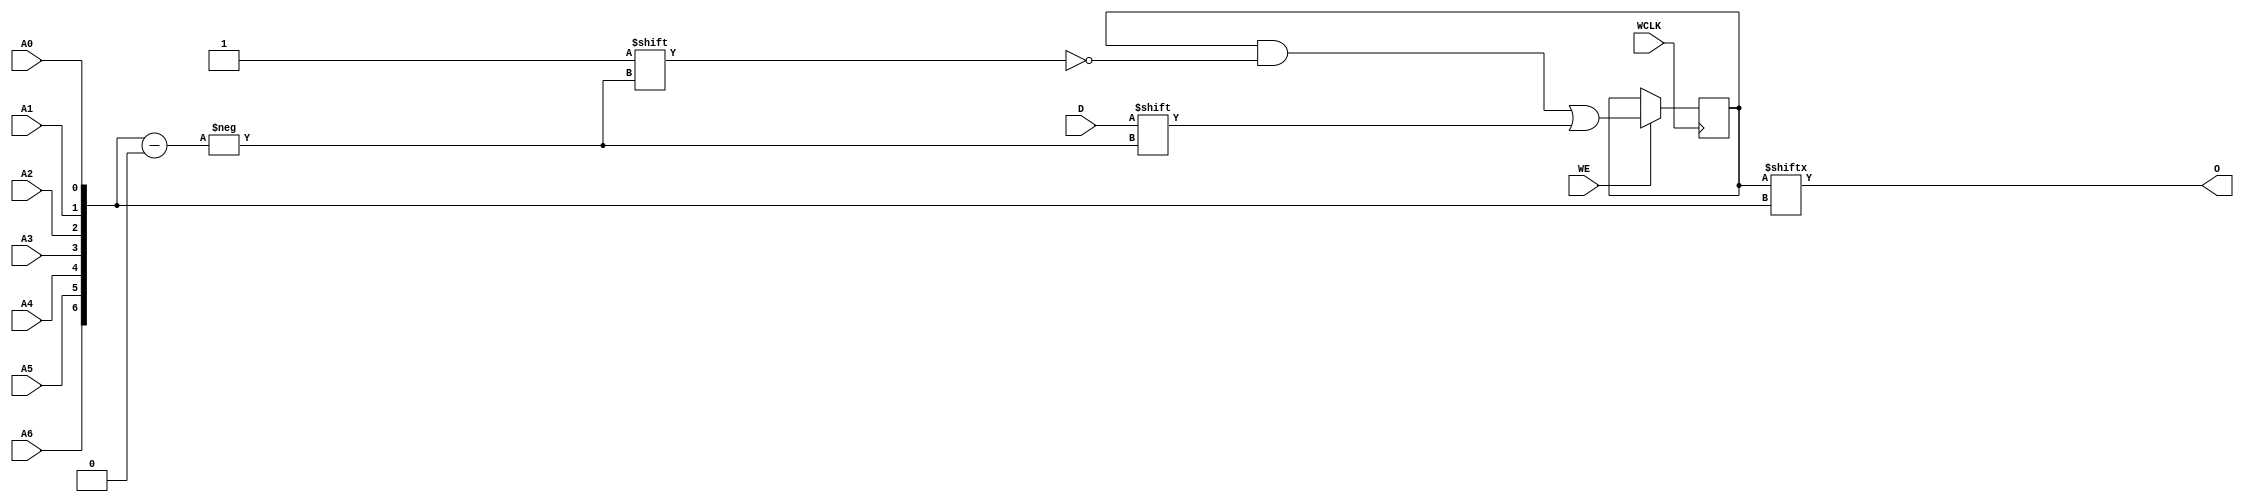
module RAM128X1S_1 (
  output O,
  input A0, A1, A2, A3, A4, A5, A6,
  input D,
  (* clkbuf_sink *)
  (* invertible_pin = "IS_WCLK_INVERTED" *)
  input WCLK,
  input WE
);
  parameter [127:0] INIT = 128'h00000000000000000000000000000000;
  parameter [0:0] IS_WCLK_INVERTED = 1'b0;
  wire [6:0] a = {A6, A5, A4, A3, A2, A1, A0};
  reg [127:0] mem = INIT;
  assign O = mem[a];
  wire clk = WCLK ^ IS_WCLK_INVERTED;
  always @(negedge clk) if (WE) mem[a] <= D;
endmodule